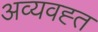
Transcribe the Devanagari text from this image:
अव्यवह्त